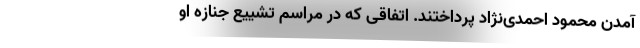
آمدن محمود احمدی‌نژاد پرداختند. اتفاقی که در مراسم تشییع جنازه او